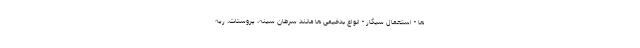
ها - استعمال سیگار - انواع بدخیمی ها مانند سرطان سینه، پروستات، ریه